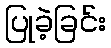
ပြုခဲ့ခြင်း